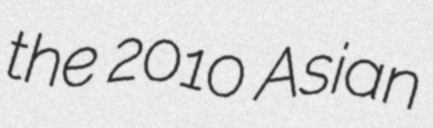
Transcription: the 2010 Asian